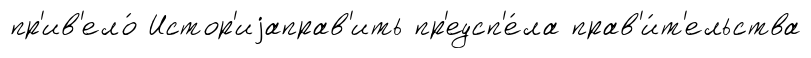
пр'ив'ело́ Истор'иjаправ'ить пр'еусп'е́ла прав'и́т'ельства